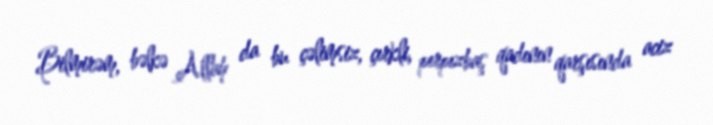
Bilmirəm, bəlkə Allah da bu çəlimsiz, çırkli, pırpızbaş qadının qarşısında aciz